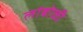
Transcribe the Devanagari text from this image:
लांबोळी